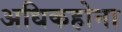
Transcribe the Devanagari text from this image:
अधिकहोना